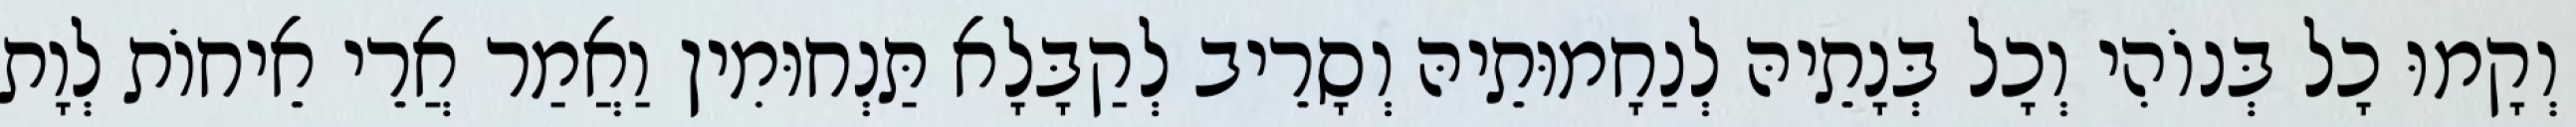
וְקָמוּ כָל בְּנוֹהִי וְכָל בְּנָתֵיהּ לְנַחָמוּתֵיהּ וְסָרֵיב לְקַבָּלָא תַּנְחוּמִין וַאֲמַר אֲרֵי אֵיחוֹת לְוָת